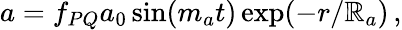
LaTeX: a=f_{PQ}a_{0}\sin(m_{a}t)\exp(-r/\mathbb{R}_{a})\, ,